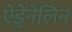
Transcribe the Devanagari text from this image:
ऐड्रेनेलिन